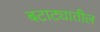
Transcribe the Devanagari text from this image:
बटाट्यातील